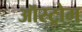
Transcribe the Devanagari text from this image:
ऑस्ट्रोम